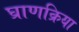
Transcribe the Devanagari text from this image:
घ्राणक्रिया